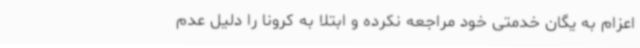
اعزام به یگان خدمتی خود مراجعه نکرده و ابتلا به کرونا را دلیل عدم